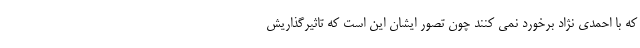
که با احمدی نژاد برخورد نمی کنند چون تصور ایشان این است که تاثیرگذاریش